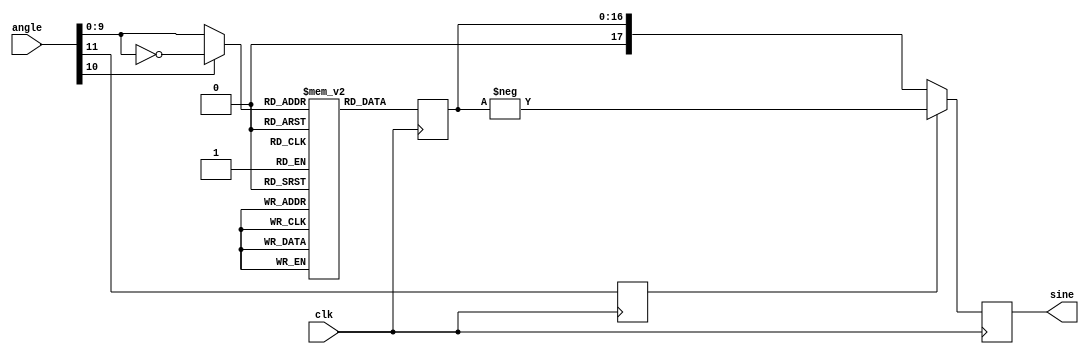
module sineTable #(
    parameter ANGLE_WIDTH = 12,
    parameter OUT_WIDTH   = 18
) (
    input  wire clk,                        ///< System Clock
    input  wire [ANGLE_WIDTH-1:0] angle,    ///< Angle to take sine of
    output reg signed [OUT_WIDTH-1:0] sine ///< Sine of angle
);

///////////////////////////////////////////////////////////////////////////
// PARAMETER AND SIGNAL DECLARATIONS
///////////////////////////////////////////////////////////////////////////

localparam TABLE_LEN = 2**(ANGLE_WIDTH-2);

wire [ANGLE_WIDTH-3:0] quarterAngle;

reg [OUT_WIDTH-2:0] sineTable [TABLE_LEN-1:0];
reg signBit;
reg [OUT_WIDTH-2:0] halfSine;

integer i;

///////////////////////////////////////////////////////////////////////////
// MAIN CODE
///////////////////////////////////////////////////////////////////////////

assign quarterAngle = (angle[ANGLE_WIDTH-2]) ? ~angle[ANGLE_WIDTH-3:0] : angle[ANGLE_WIDTH-3:0];

initial begin
    signBit  = 1'b0;
    halfSine = 'd0;
    sine     = 'd0;
    for(i=0; i<TABLE_LEN; i=i+1) begin
        sineTable[i] = $rtoi($floor($sin((i+0.5)*3.14159/(TABLE_LEN*2))*(2**(OUT_WIDTH-1)-1)+0.5));
    end
end

always @(posedge clk) begin
    signBit  <= angle[ANGLE_WIDTH-1]; 
    halfSine <= sineTable[quarterAngle];
    sine     <= signBit ? -$signed({1'b0,halfSine}) : $signed({1'b0, halfSine});
end

endmodule